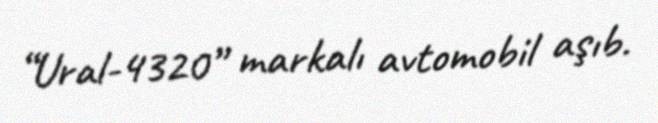
“Ural-4320” markalı avtomobil aşıb.